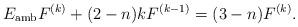
LaTeX: \begin{align*}E_{\mathrm{amb}}F^{(k)}+(2-n)k F^{(k-1)}=(3-n)F^{(k)}.\end{align*}